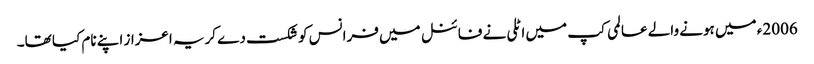
2006ء میں ہونے والے عالمی کپ میں اٹلی نے فائنل میں فرانس کو شکست دے کریہ اعزاز اپنے نام کیا تھا۔